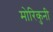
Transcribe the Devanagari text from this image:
मोरिकुनी